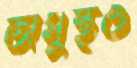
অসুস্থও